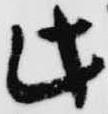
此